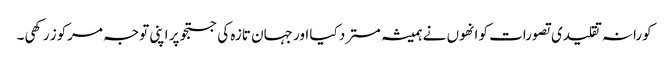
کورانہ تقلیدی تصورات کو انھوں نے ہمیشہ مسترد کیا اور جہان تازہ کی جستجو پر اپنی توجہ مرکوز رکھی۔